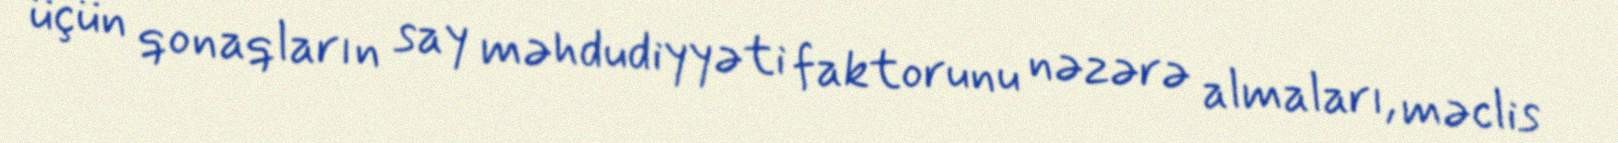
üçün qonaqların say məhdudiyyəti faktorunu nəzərə almaları, məclis